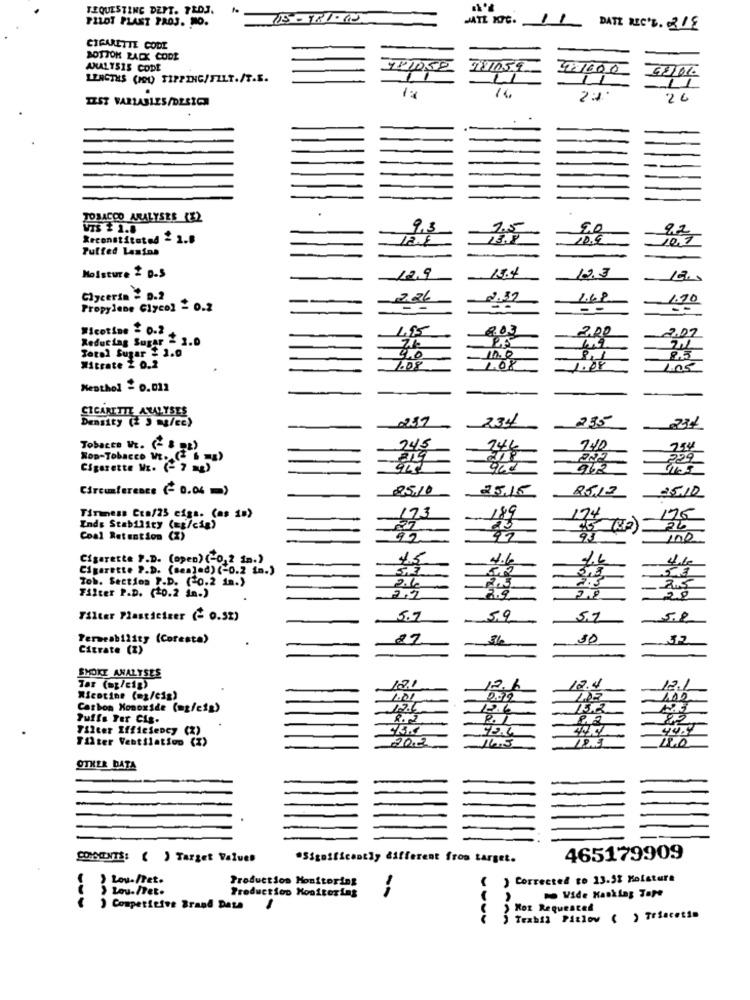
REQUESTING DEPT. PROJ.
PILOT PLANT PROJ. NO.
JATL KYC.
11
DATE NIC'S. 219
CIGARETTE CODE
BOTTOM RALX CODE
ANALYSIS CODE
751050
18059
71600
681010
LENGTHS (POI) TIPPING/FILT./T.E.
1
14
IZST VARIABLES/DESIGN
23
26
TOBACCO ANALYSES (X2
VTS 1 1.8
9,3
1.5
20
Reconstituted - 1.8
10.9
10,7
Puffed Lasinn
15.4
Moisture & D.s
12.9
12.3
Glycerin 2 0.2
226
2.32
1.68
Propylene Glycol - 0.2
#icotine = 0.2
1.95
Reducing Sugar - 2.0
Total Sugar # 1.0
71
10
10.0
Witrate 2 0.2
1.08
1.68
Los
Menthol & 0.012
CIGARETTE ANALYSES
Density (2 5 mg/cc)
234
Tobacco WE. (- 8 RE)
245
146
Nop-Tobacco WE ...
22
Cigarette WE. (- 7 22)
Circumference (- 0.04 =)
25.12
25.10
173
174
Tirmess Cts/25 cigs. (as 18)
176
Ends Stability (mg/cig)
27
23
Coal Retention (Z)
99
92
100
Cigarette P.D. (open) (-0, 2 in.)
4.5
4.6
Cigarette P.D. (sealed) (-0.2 in.)
Tob. Section P.D. (0.2 in.)
26
5,2
2.5
Filter P.D. (10.2 in.)
3.5
2.9
28
Filter Plasticiger (- 0.52)
5.7
59
5.7
Permeability (Coresta)
27
36
Citrate (%)
SMOKE ANALYSES
Tar (ap/cip)
12.1
12.6
12.4
Nicotine (mg/cig)
1.01
200
120
Carbon Monoxide (mg/cip)
12.6
12.6
15.2
Puffs Fer Cig.
R. L
82
Filter Efficiency
92.4
Filter Ventilation
(2)
(3 )
20.3
18.5
16.5
OTHER DATA
CORSOENTS: ( ) Target Values
"Significantly different fros target.
465179909
Lou-Det.
Production Monitoring
) Corrected to 13.52 Kolatura
› Lau-/Tet.
Production Monitoring
,
Wide Hanking Tape
) Competitive Brand Date
Koz Requested
Trabil Pislow ( ) Triacetim